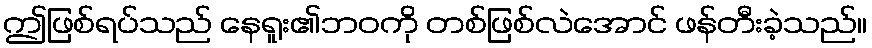
ဤဖြစ်ရပ်သည် နေရူး၏ဘဝကို တစ်ဖြစ်လဲအောင် ဖန်တီးခဲ့သည်။